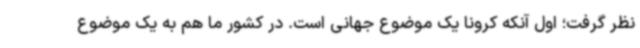
نظر گرفت؛ اول آنکه کرونا یک موضوع جهانی است. در کشور ما هم به یک موضوع